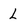
Character: L